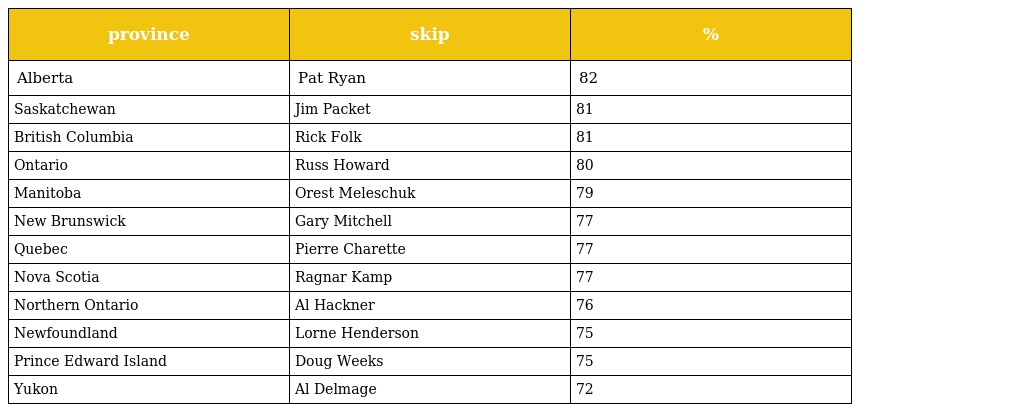
| province | skip | % |
 | --- | --- | --- |
 | Alberta | Pat Ryan | 82 |
 | Saskatchewan | Jim Packet | 81 |
 | British Columbia | Rick Folk | 81 |
 | Ontario | Russ Howard | 80 |
 | Manitoba | Orest Meleschuk | 79 |
 | New Brunswick | Gary Mitchell | 77 |
 | Quebec | Pierre Charette | 77 |
 | Nova Scotia | Ragnar Kamp | 77 |
 | Northern Ontario | Al Hackner | 76 |
 | Newfoundland | Lorne Henderson | 75 |
 | Prince Edward Island | Doug Weeks | 75 |
 | Yukon | Al Delmage | 72 |